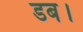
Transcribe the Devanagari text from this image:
डब।